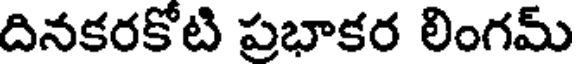
దినకరకోటి ప్రభాకర లింగమ్